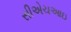
સીએચઆઇ